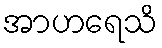
အာဟရေသိ